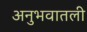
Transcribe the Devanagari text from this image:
अनुभवातली